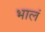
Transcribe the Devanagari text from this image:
भालं